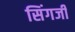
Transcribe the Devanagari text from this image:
सिंगजी